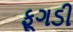
ફૂગડી